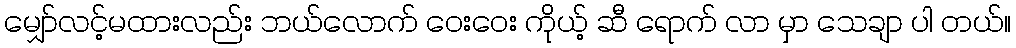
မျှော်လင့်မထားလည်း ဘယ်လောက် ဝေးဝေး ကိုယ့် ဆီ ရောက် လာ မှာ သေချာ ပါ တယ်။